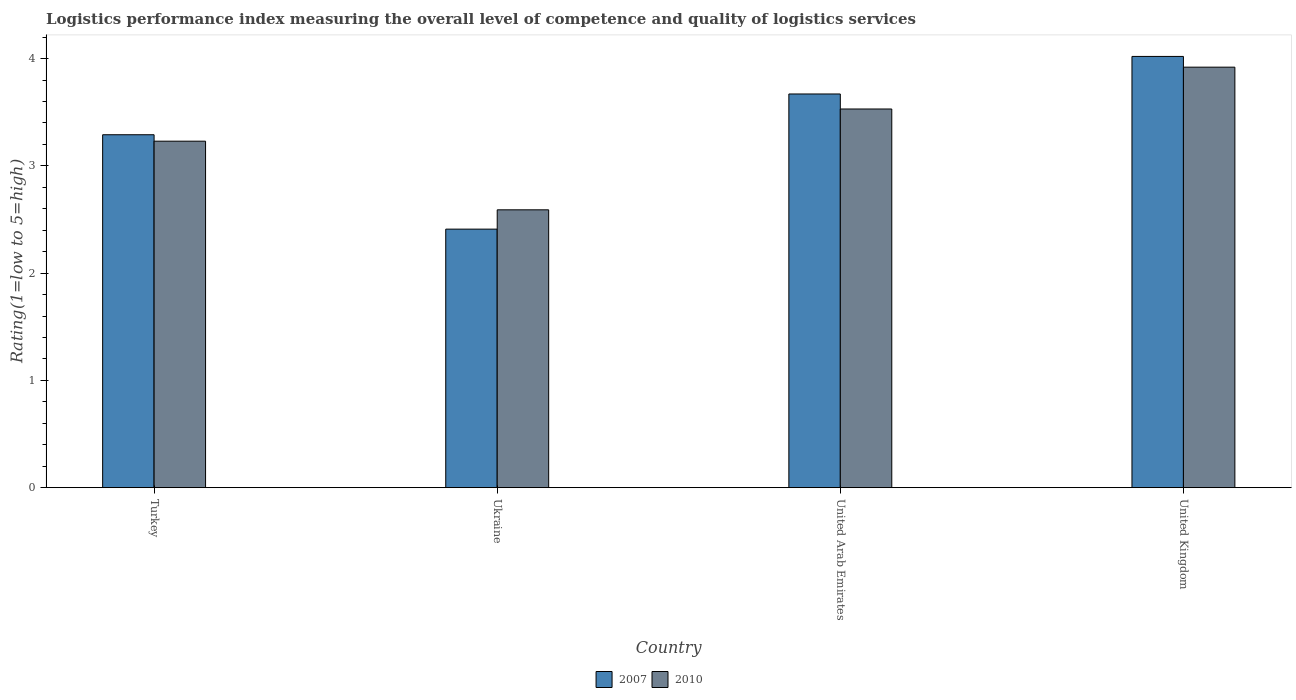
| Country | 2007 | 2010 |
 | --- | --- | --- |
 | Turkey | 3.29 | 3.23 |
 | Ukraine | 2.41 | 2.59 |
 | United Arab Emirates | 3.67 | 3.53 |
 | United Kingdom | 4.02 | 3.92 |